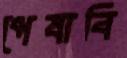
পেষাবি